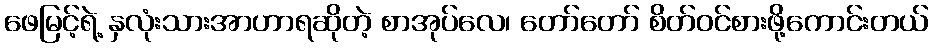
ဖေမြင့်ရဲ့ နှလုံးသားအာဟာရဆိုတဲ့ စာအုပ်လေ၊ တော်တော် စိတ်ဝင်စားဖို့ကောင်းတယ်